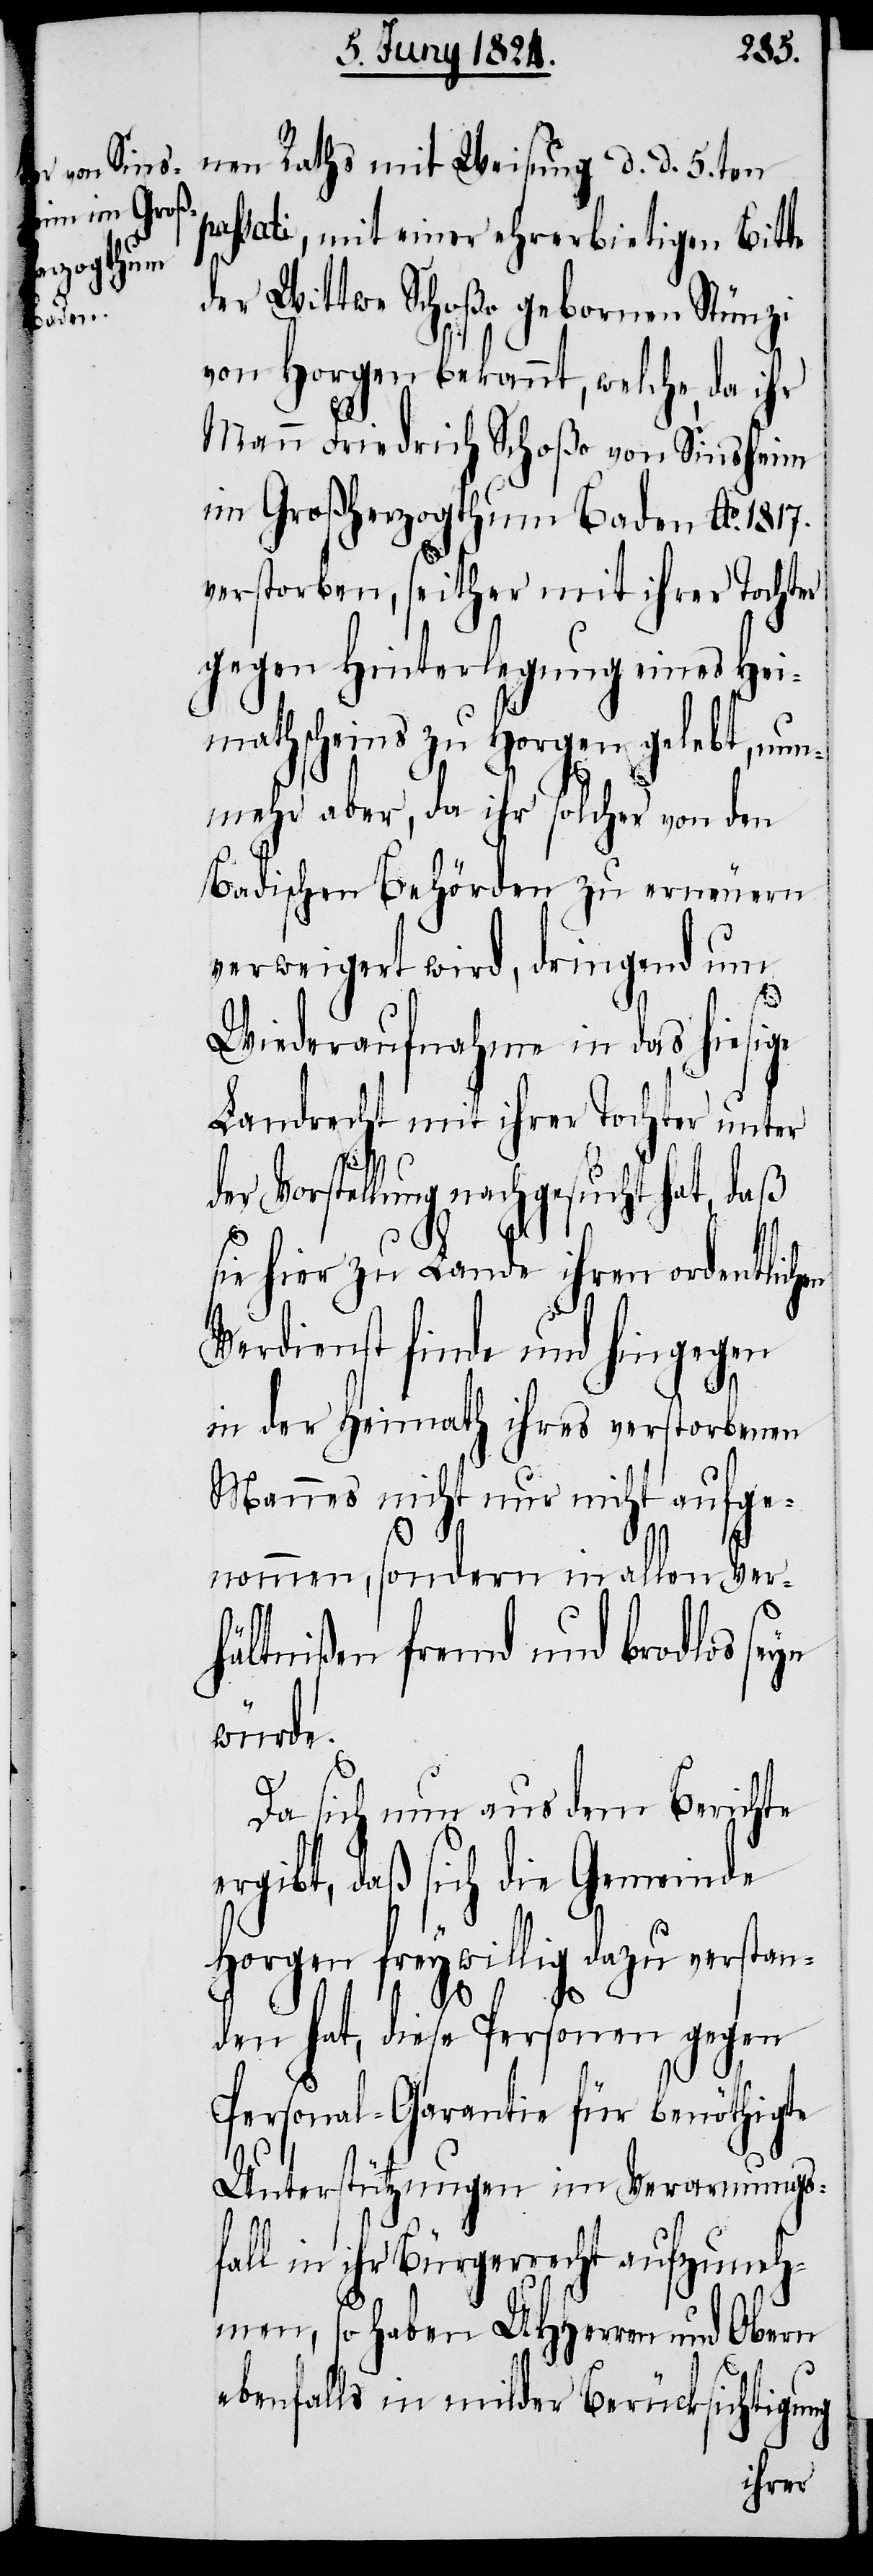
nen Raths mit Weisung d. d. 5ten
passati, mit einer ehrerbietigen Bitte
der Wittwe Schoßo geborene Stünzi
von Horgen bekannt, welche, da ihr
Mann Friedrich Schoßo von Sinsheim
im Großherzogthum Baden Ao. 1817.
verstorben, seither mit ihrer Tochter
gegen Hinterlegung eines Hei¬
mathscheins zu Horgen gelebt, nun¬
mehr aber, da ihr solcher von den
Badischen Behörden zu erneuern
verweigert wird, dringend um
Wiederaufnahme in das hiesige
Landrecht mit ihrer Tochter unter
Vorstellung nachgesucht hat, daß
sie hier zu Lande ihren ordentlichen
Verdienst finde und hingegen
yn
in der Heimath ihres verstorbenen
Mannes nicht nur nicht aufge¬
nommen, sondern in allen Ver¬
hältnißen fremd und brodlos se¬
würde.
Da sich nun aus dem Berichte
ergibt, daß sich die Gemeinde
Horgen freywillig dazu verstan¬
den hat, diese Personen gegen
Personal-Garantie für benöthigte
Unterstützungen im Verwarnungsfa¬
ll in ihr Bürgerrecht aufzuneh¬
men, so haben UHHerren und Obern
ebenfalls in milder Berücksichtigung